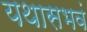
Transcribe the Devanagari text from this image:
यथासभवं